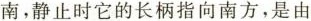
南，静止时它的长柄指向南方，是由